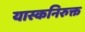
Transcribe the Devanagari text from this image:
यास्कनिरुक्त